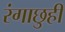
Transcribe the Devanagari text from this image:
रंगाछुही